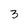
Character: 3